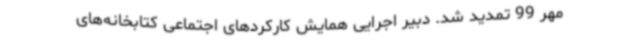
مهر 99 تمدید شد. دبیر اجرایی همایش کارکردهای اجتماعی کتابخانه‌های